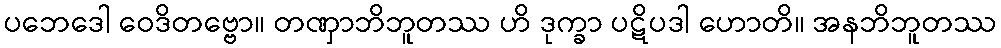
ပဘေဒေါ ဝေဒိတဗ္ဗော။ တဏှာဘိဘူတဿ ဟိ ဒုက္ခာ ပဋိပဒါ ဟောတိ။ အနဘိဘူတဿ